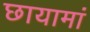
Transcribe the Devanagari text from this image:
छायामां